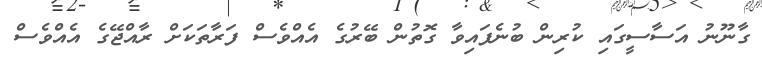
ގާނޫނު އަސާސީގައި ކުރިން ބުނެފައިވާ ގޮތުން ބޭރުގެ އެއްވެސް ފަރާތަކަށް ރާއްޖޭގެ އެއްވެސް